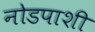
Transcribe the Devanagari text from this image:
नोडपाशी